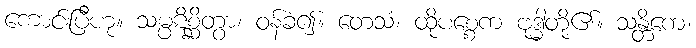
ကောင်းပြီဟု။ သမ္ပဋိစ္ဆိတွာ၊ ဝန်ခံ၍။ တေသံ၊ ထိုပစ္စေက ဗုဒ္ဓါတို့၏။ သန္တိကေ၊